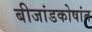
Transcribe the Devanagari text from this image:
बीजांडकोषांत